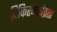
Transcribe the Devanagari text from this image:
विकिरणतीव्रता